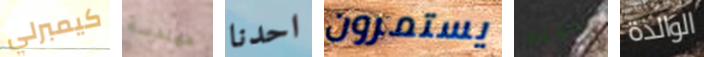
كيمبرلي مهندسة احدنا يستمرون بوقته الوالدة